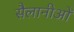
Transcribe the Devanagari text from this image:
सैलानीओं